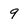
Character: 9